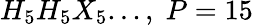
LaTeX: H_{5}H_{5}X_{5}...,\; P=15